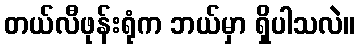
တယ်လီဖုန်းရုံက ဘယ်မှာ ရှိပါသလဲ။